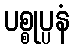
ပစ္စုပ္ပနံ